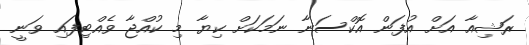
ރަޝިއާ އަށް އުފަން އޮކްސަނާ ނަމަކަށް ކިޔާ މި ކުއްޖާ ވެއްޓިފައި ވަނީ